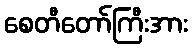
စေတီတော်ကြီးအား